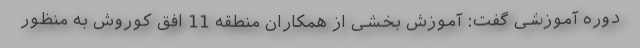
دوره آموزشی گفت: آموزش بخشی از همکاران منطقه 11 افق کوروش به منظور